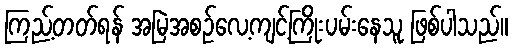
ကြည့်တတ်ရန် အမြဲအစဉ်လေ့ကျင့်ကြိုးပမ်းနေသူ ဖြစ်ပါသည်။